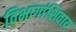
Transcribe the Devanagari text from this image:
विभागांशिवाय